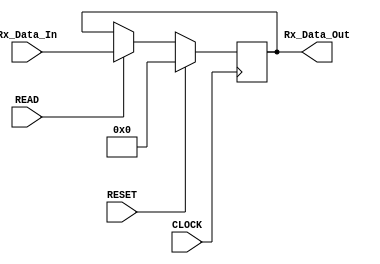
module buffer_rx(CLOCK, RESET, READ, Rx_Data_In, Rx_Data_Out);
input CLOCK, RESET, READ;
input [7:0] Rx_Data_In;
output [7:0] Rx_Data_Out;

reg [7:0] buffer;

always @(posedge CLOCK)
	begin
		if (RESET)
			buffer = 8'h00;
		else if (READ)
			buffer = Rx_Data_In;
		else
			buffer = buffer;
	end
	
assign 	Rx_Data_Out = buffer;
endmodule